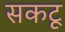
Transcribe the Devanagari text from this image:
सकटू